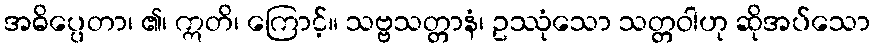
အဓိပ္ပေတာ၊ ၏၊ ဣတိ၊ ကြောင့်။ သဗ္ဗသတ္တာနံ၊ ဥဿုံသော သတ္တဝါဟု ဆိုအပ်သော